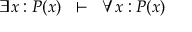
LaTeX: \exists x : P ( x ) \; \; \vdash \; \; \forall x : P ( x )